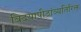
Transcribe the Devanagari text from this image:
विदयापीठांव्यतिरिक्त